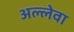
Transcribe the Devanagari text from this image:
अल्लेवा